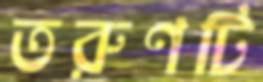
তরুণটি